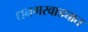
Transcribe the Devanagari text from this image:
धनगरवाड्यात